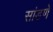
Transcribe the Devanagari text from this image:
सांडणे